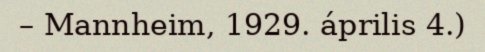
– Mannheim, 1929. április 4.)